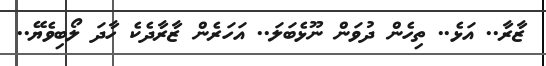
ޒާރާ.. އަޅެ.. ތިހެން ދުވަން ނޫޅެބަލަ.. އަހަރެން ޒާރާދެކެ ހާދަ ލޯބިވެޔޭ..